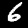
Label: 6